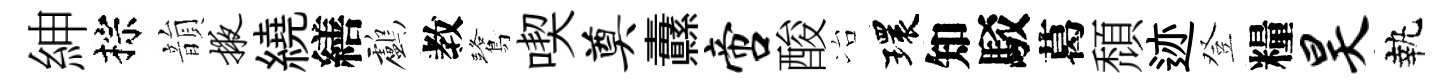
紳棕韻掖繞繕鸕教鷺喫奠纛啻酸冶環知駁葛頹迹登糧昊執